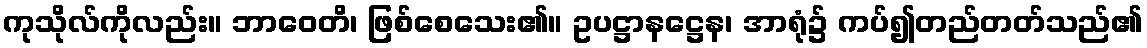
ကုသိုလ်ကိုလည်း။ ဘာဝေတိ၊ ဖြစ်စေသေး၏။ ဥပဋ္ဌာနဋ္ဌေန၊ အာရုံ၌ ကပ်၍တည်တတ်သည်၏